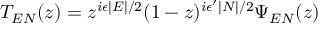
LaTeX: T _ { E N } ( z ) = z ^ { i \epsilon \mid E \mid / 2 } ( 1 - z ) ^ { i \epsilon ^ { \prime } \mid N \mid / 2 } \Psi _ { E N } ( z )